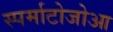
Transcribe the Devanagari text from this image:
स्पर्माटोजोआ